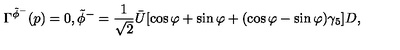
\Gamma ^ { \tilde { \phi } ^ { - } } ( p ) = 0 , \tilde { \phi } ^ { - } = \frac { 1 } { \sqrt { 2 } } \bar { U } [ \cos \varphi + \sin \varphi + ( \cos \varphi - \sin \varphi ) \gamma _ { 5 } ] D ,